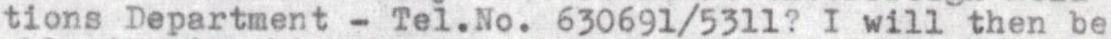
tions Department - Tel.No.63069l/5311? I will then be